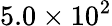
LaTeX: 5.0\times 10^{2}